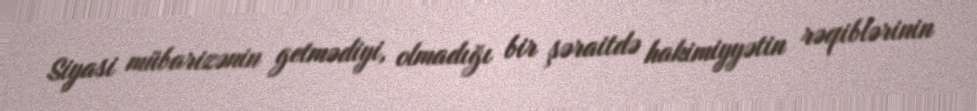
Siyasi mübarizənin getmədiyi, olmadığı bir şəraitdə hakimiyyətin rəqiblərinin